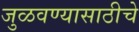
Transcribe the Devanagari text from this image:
जुळवण्यासाठीचे